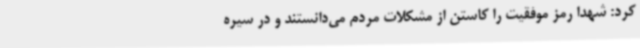
کرد: شهدا رمز موفقیت را کاستن از مشکلات مردم می‌دانستند و در سیره